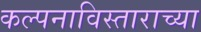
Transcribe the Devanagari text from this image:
कल्पनाविस्ताराच्या